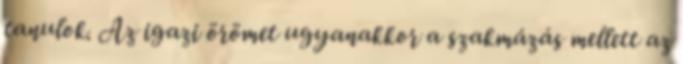
tanulok. Az igazi örömet ugyanakkor a szakmázás mellett az